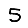
Digit: 5